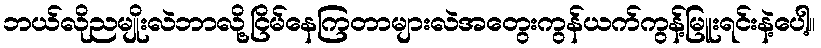
ဘယ်လိုညမျိုးလဲဘာလို့ငြိမ်နေကြတာများလဲအတွေးကွန်ယက်ကွန့်မြူးရင်းနဲ့ပေါ့။